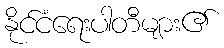
နိုင်ငံရေးပါတီများ၏